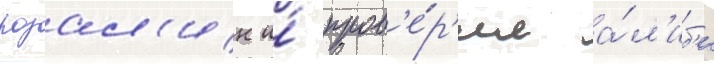
розал'ин и́ пров'е́р'ил а́л'иб'и